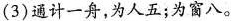
(3)通计一舟，为人五；为窗八。